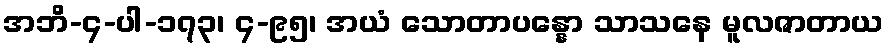
အဘိ-၄-ပါ-၁၇၃၊ ၄-၉၅၊ အယံ သောတာပန္နော သာသနေ မူလဇာတာယ